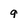
Character: 9